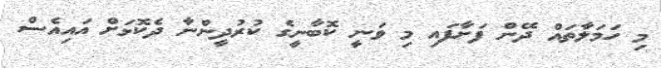
މި ހަމަލާތައް ދޭން ފަށާފައި މި ވަނީ ކޮބާނީގެ ކުރުދީންނާ ދެކޮޅަށް އައިއެސް